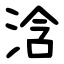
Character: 浛